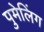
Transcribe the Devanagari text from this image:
पुमेलिंग